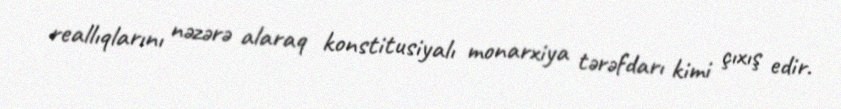
reallıqlarını nəzərə alaraq konstitusiyalı monarxiya tərəfdarı kimi çıxış edir.